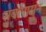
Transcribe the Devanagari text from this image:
सुर्यापासुन